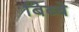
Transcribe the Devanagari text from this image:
बिब्बे